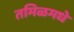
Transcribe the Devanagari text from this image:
तमिळमधे